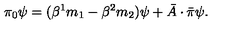
\pi _ { 0 } \psi = ( \beta ^ { 1 } m _ { 1 } - \beta ^ { 2 } m _ { 2 } ) \psi + \bar { A } \cdot \bar { \pi } \psi .